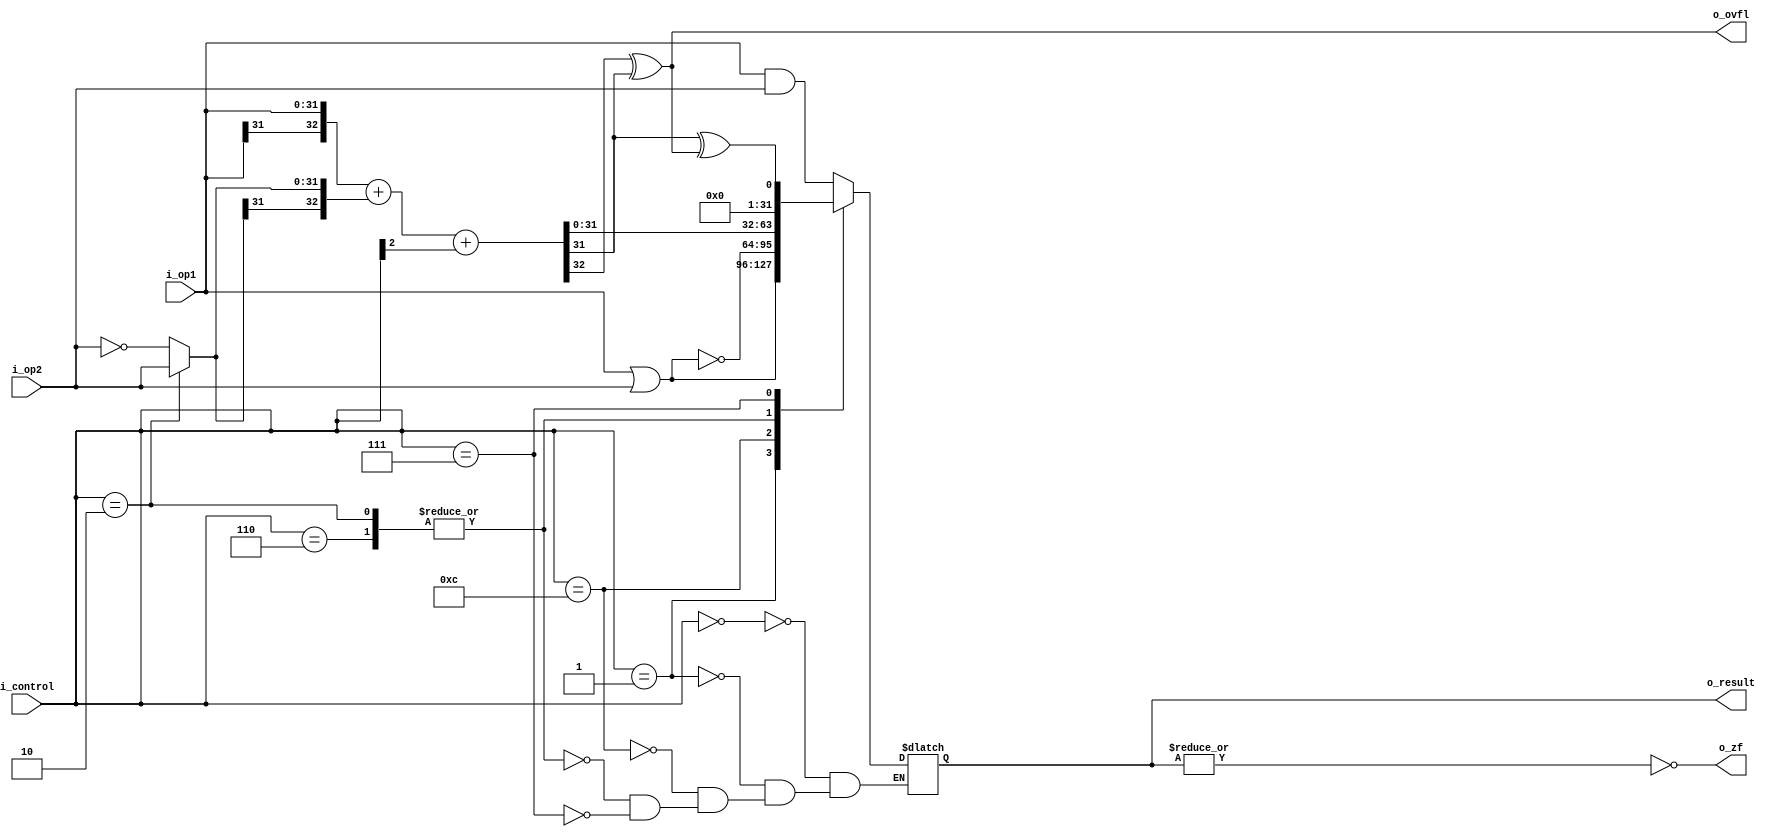
module alu(i_op1, i_op2, i_control, o_result, o_zf, o_ovfl);

localparam AND = 4'b0000, OR = 4'b0001, ADD = 4'b0010;
localparam SUB = 4'b0110, SOLT = 4'b0111, NOR = 4'b1100; //SOLT - Set On Less then
localparam MSB = 31;
  
input       [31:0]  i_op1, i_op2;
input       [3:0]   i_control;
output  reg [31:0]  o_result;
output              o_ovfl;
output              o_zf;

wire ex; //extra bit to indicate sign change
wire [31:0] adder_op2, add_rezult;

assign o_zf = ~| o_result;// NOR-reduction of all bits  

always@*
begin: ALU_OPS
    case (i_control)
        AND:    o_result =   i_op1 & i_op2;
        OR:     o_result =   i_op1 | i_op2;
        NOR:    o_result =   ~(i_op1 | i_op2);
        ADD, SUB:    o_result = add_rezult;
        SOLT:
            o_result = add_rezult[31] ^ o_ovfl;
    endcase
end

assign adder_op2 = (i_control == ADD) ? i_op2 : ~i_op2;
//SUB and SOLT have second bit set in their codes, so it would help to convert between two's complements, and to handle overflow,
//cause we do this in main add/sub statement
assign {ex, add_rezult} = {i_op1[MSB], i_op1} + {adder_op2[MSB], adder_op2} + i_control[2];
 
assign o_ovfl = ex ^ add_rezult[MSB];//overflow

endmodule